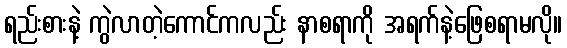
ရည်းစားနဲ့ ကွဲလာတဲ့ကောင်ကလည်း နာစရာကို အရက်နဲ့ဖြေစရာမလို။